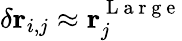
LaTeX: \delta\mathbf{r}_{i,j}\approx\mathbf{r}_{j}^{\mathrm{~L~a~r~g~e~}}